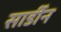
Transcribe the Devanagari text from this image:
सार्डीन